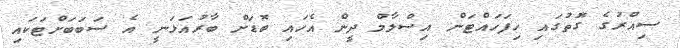
ސިއްރުގެ ގޮތުގައި ހިފަހައްޓަން އިސްލާމް ދީން އެހައި ބޮޑަށް ބާރުއަޅަނީ އެ ސަބަބަށްޓަކައި